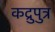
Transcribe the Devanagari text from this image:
कद्रुपुत्र